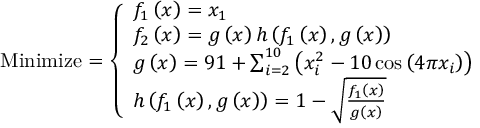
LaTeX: { \mathrm { M i n i m i z e } } = { \left\{ \begin{array} { l l } { f _ { 1 } \left( { \boldsymbol { x } } \right) = x _ { 1 } } \\ { f _ { 2 } \left( { \boldsymbol { x } } \right) = g \left( { \boldsymbol { x } } \right) h \left( f _ { 1 } \left( { \boldsymbol { x } } \right) , g \left( { \boldsymbol { x } } \right) \right) } \\ { g \left( { \boldsymbol { x } } \right) = 9 1 + \sum _ { i = 2 } ^ { 1 0 } \left( x _ { i } ^ { 2 } - 1 0 \cos \left( 4 \pi x _ { i } \right) \right) } \\ { h \left( f _ { 1 } \left( { \boldsymbol { x } } \right) , g \left( { \boldsymbol { x } } \right) \right) = 1 - { \sqrt { \frac { f _ { 1 } \left( { \boldsymbol { x } } \right) } { g \left( { \boldsymbol { x } } \right) } } } } \end{array} \right. }